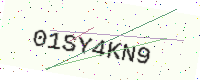
Text: 01SY4KN9